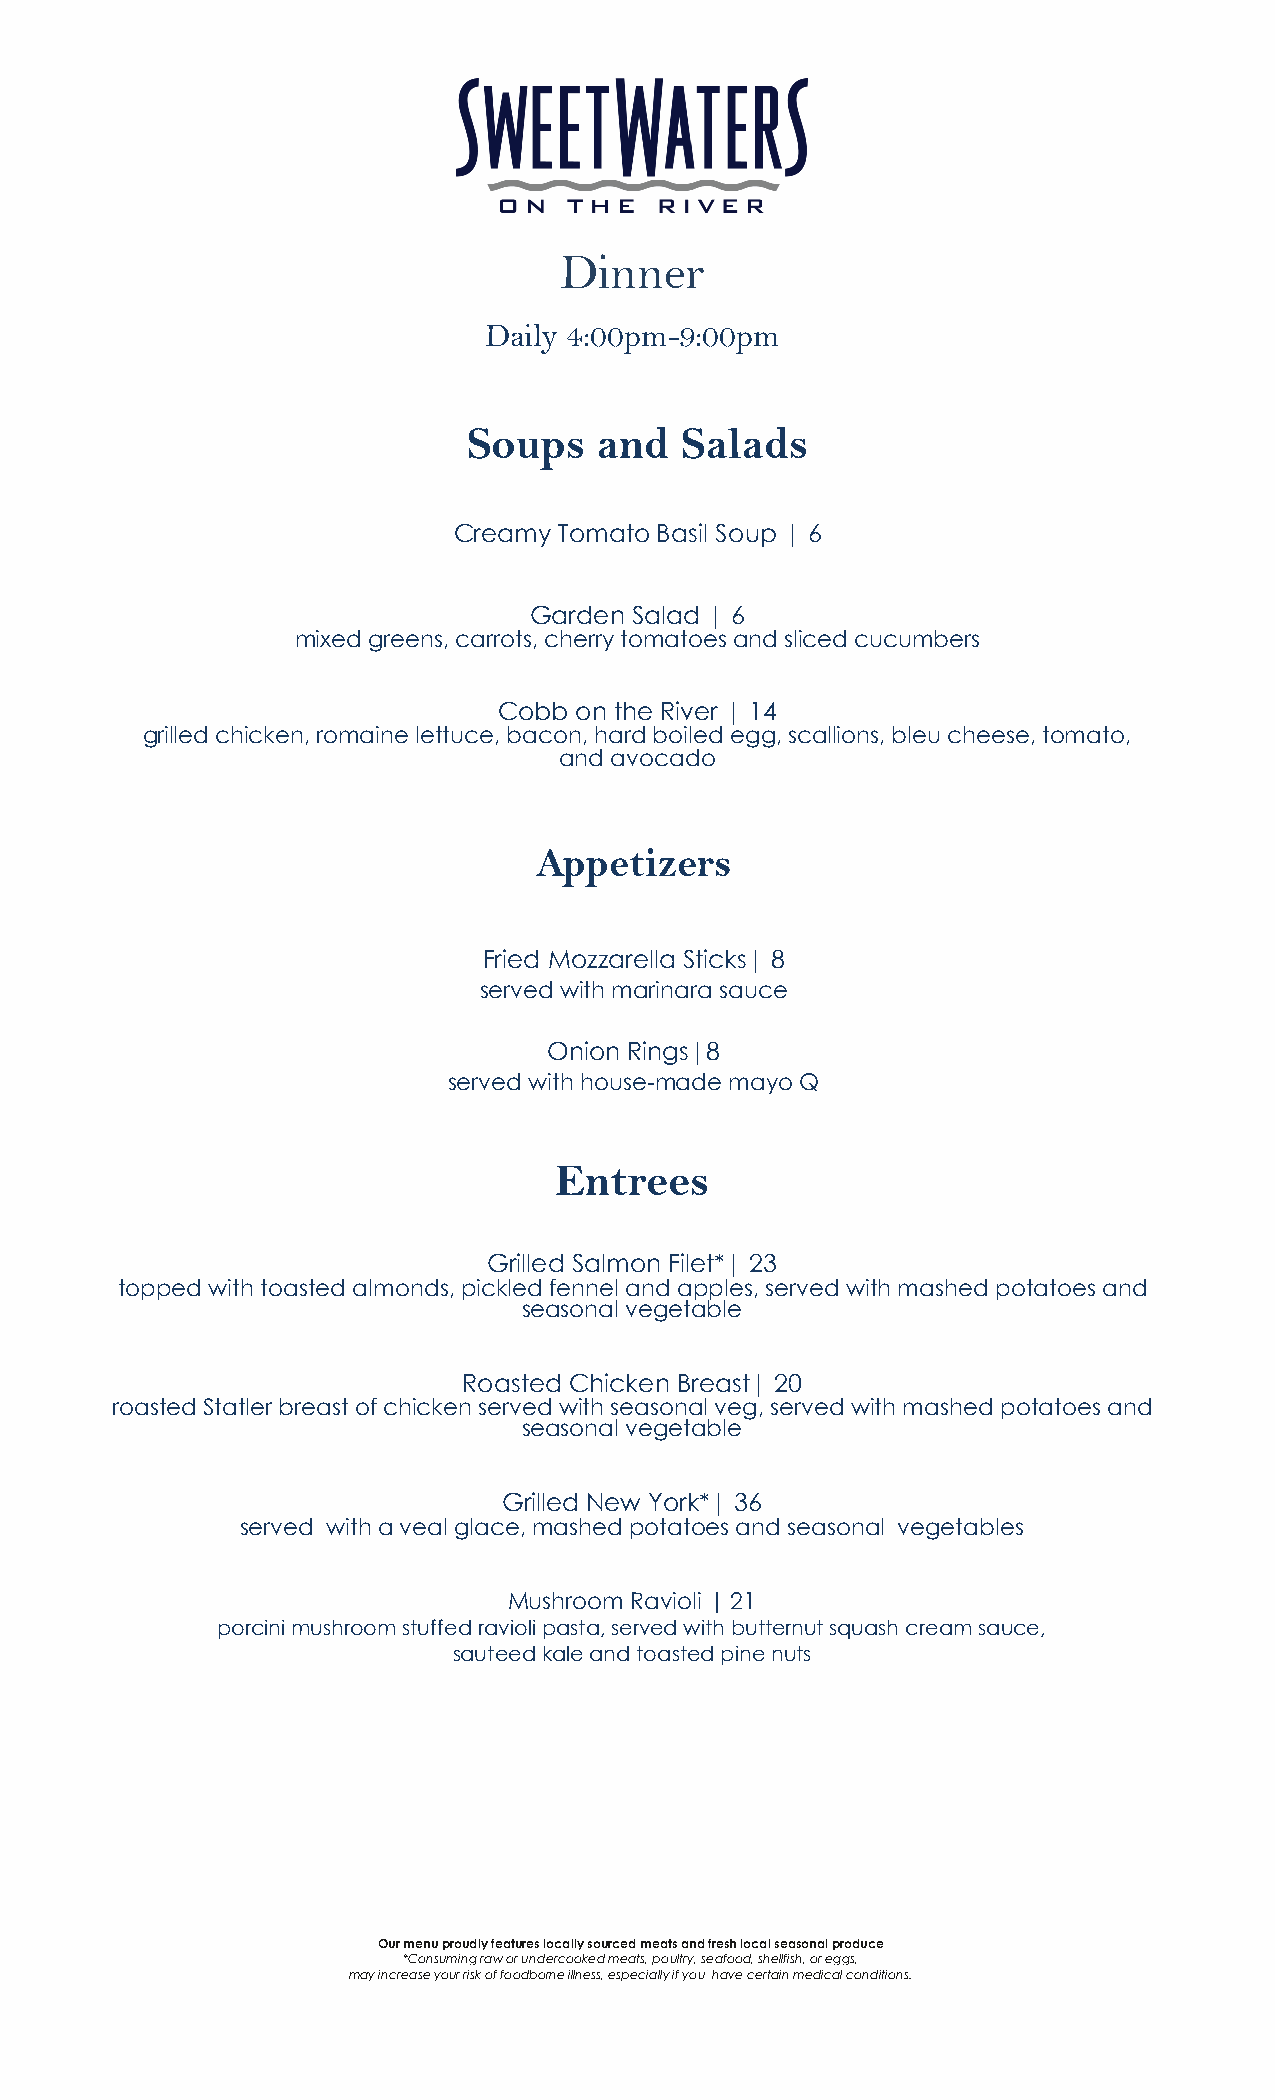
Dinner
 Daily 4:00pm-9:00pm
 Soups    and  Salads
 Creamy Tomato Basil Soup | 6
 Garden Salad | 6
 mixed greens, carrots, cherry tomatoes and sliced cucumbers
 Cobb on the River | 14
 grilled chicken, romaine lettuce, bacon, hard boiled egg, scallions, bleu cheese, tomato,
 and avocado
 Appetizers
 Fried Mozzarella Sticks| 8
 served with marinara sauce
 Onion Rings|8
 served with house-made mayo Q
 Entrees
 Grilled Salmon Filet*| 23
 topped with toasted almonds, pickled fennel and apples, served with mashed potatoes and
 seasonal vegetable
 Roasted Chicken Breast| 20
 roasted Statler breast of chicken served with seasonal veg, served with mashed potatoes and
 seasonal vegetable
 Grilled New York*| 36
 served with a veal glace, mashed potatoes and seasonal vegetables
 Mushroom Ravioli | 21
 porcini mushroom stuffed ravioli pasta, served with butternut squash cream sauce,
 sauteed kale and toasted pine nuts
 Our menu proudly features locally sourced meats and fresh local seasonal produce
 *Consuming raw or undercooked meats, poultry, seafood, shellfish, or eggs,
 may increase your risk of foodborne illness, especially if you have certain medical conditions.